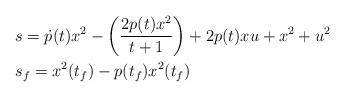
LaTeX: \begin{align*}&s= \dot{p}(t)x^2-\left(\frac{2p(t)x^2}{t+1}\right)+2 p(t)xu+x^2+u^2 \\&s_f= x^2(t_f) -p(t_f) x^2(t_f)\end{align*}